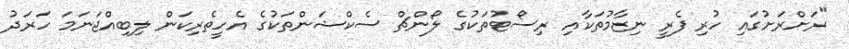
"ރަށްރަށުގައި ހުރި ފެރީ ނިޒާމުތަކާއި ރިސޯޓުތަކުގެ ލޯންޗް ސެކްޝަންތަކުގެ އެހީތެރިކަން ލިބިއްޖަނަމަ ހަރަދު